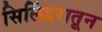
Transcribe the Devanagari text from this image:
सिलिंडरातून